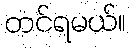
တင်ရမယ်။